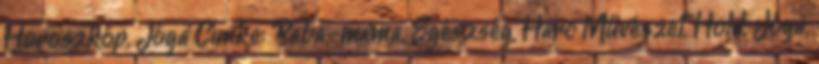
Horoszkóp, Jóga Címke: Baba-mama, Egészség, Harc Művészet, Hold, Jóga,